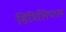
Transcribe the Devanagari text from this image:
सिमिलिपाल